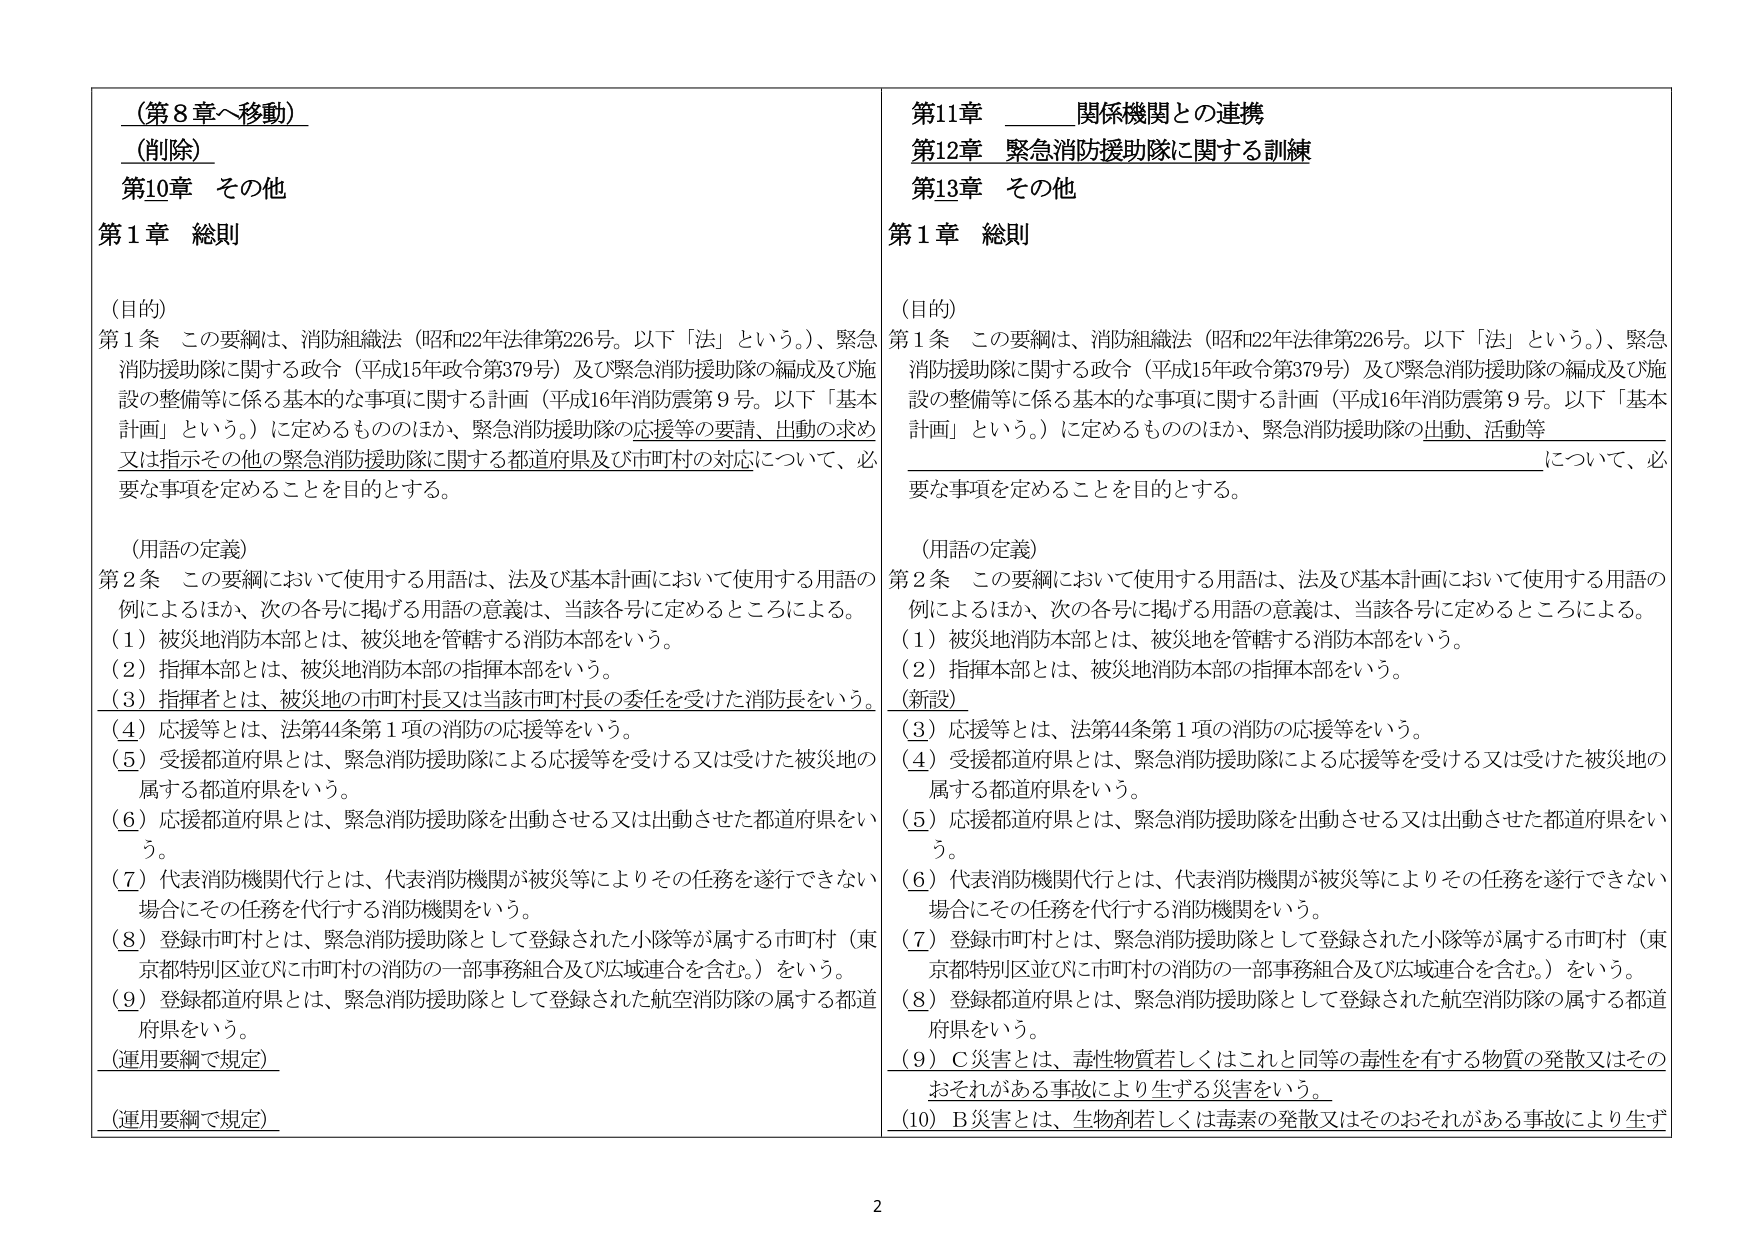
（第8章へ移動）
（削除）
第10章 その他
第1章 総則

（目的）
第1条 この要綱は、消防組織法（昭和22年法律第226号。以下「法」という。）、緊急消防援助隊に関する政令（平成15年政令第379号）及び緊急消防援助隊の編成及び施設の整備等に係る基本的な事項に関する計画（平成16年消防震第9号。以下「基本計画」という。）に定めるもののほか、緊急消防援助隊の応援等の要請、出動の求め又は指示その他の緊急消防援助隊に関する都道府県及び市町村の対応について、必要な事項を定めることを目的とする。

（用語の定義）
第2条 この要綱において使用する用語は、法及び基本計画において使用する用語の例によるほか、次の各号に掲げる用語の意義は、当該各号に定めるところによる。
（1）被災地消防本部とは、被災地を管轄する消防本部をいう。
（2）指揮本部とは、被災地消防本部の指揮本部をいう。
（3）指揮者とは、被災地の市町村長又は当該市町村長の委任を受けた消防長をいう。
（4）応援等とは、法第44条第1項の消防の応援等をいう。
（5）受援都道府県とは、緊急消防援助隊による応援等を受ける又は受けた被災地の属する都道府県をいう。
（6）応援都道府県とは、緊急消防援助隊を出動させる又は出動させた都道府県をいう。
（7）代表消防機関代行とは、代表消防機関が被災等によりその任務を遂行できない場合にその任務を代行する消防機関をいう。
（8）登録市町村とは、緊急消防援助隊として登録された小隊等が属する市町村（東京都特別区並びに市町村の消防の一部事務組合及び広域連合を含む。）をいう。
（9）登録都道府県とは、緊急消防援助隊として登録された航空消防隊の属する都道府県をいう。
（運用要綱で規定）
（運用要綱で規定）

第11章 関係機関との連携
第12章 緊急消防援助隊に関する訓練
第13章 その他
第1章 総則

（目的）
第1条 この要綱は、消防組織法（昭和22年法律第226号。以下「法」という。）、緊急消防援助隊に関する政令（平成15年政令第379号）及び緊急消防援助隊の編成及び施設の整備等に係る基本的な事項に関する計画（平成16年消防震第9号。以下「基本計画」という。）に定めるもののほか、緊急消防援助隊の出動、活動等について、必要な事項を定めることを目的とする。

（用語の定義）
第2条 この要綱において使用する用語は、法及び基本計画において使用する用語の例によるほか、次の各号に掲げる用語の意義は、当該各号に定めるところによる。
（1）被災地消防本部とは、被災地を管轄する消防本部をいう。
（2）指揮本部とは、被災地消防本部の指揮本部をいう。
（新設）
（3）応援等とは、法第44条第1項の消防の応援等をいう。
（4）受援都道府県とは、緊急消防援助隊による応援等を受ける又は受けた被災地の属する都道府県をいう。
（5）応援都道府県とは、緊急消防援助隊を出動させる又は出動させた都道府県をいう。
（6）代表消防機関代行とは、代表消防機関が被災等によりその任務を遂行できない場合にその任務を代行する消防機関をいう。
（7）登録市町村とは、緊急消防援助隊として登録された小隊等が属する市町村（東京都特別区並びに市町村の消防の一部事務組合及び広域連合を含む。）をいう。
（8）登録都道府県とは、緊急消防援助隊として登録された航空消防隊の属する都道府県をいう。
（9）Ｃ災害とは、毒性物質若しくはこれと同等の毒性を有する物質の発散又はそのおそれがある事故により生ずる災害をいう。
（10）Ｂ災害とは、生物剤若しくは毒素の発散又はそのおそれがある事故により生ずる災害をいう。

2